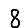
Digit: 8